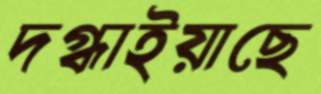
দগ্ধাইয়াছে